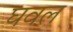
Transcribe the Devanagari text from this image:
घवल